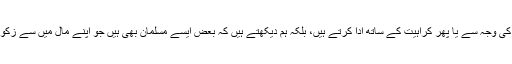
اگر وہ بھاگتے نہیں ہیں تو اُسے جبر کی وجہ سے یا پھر کراہیت کے ساتھ ادا کرتے ہیں، بلکہ ہم دیکھتے ہیں کہ بعض ایسے مسلمان بھی ہیں جو اپنے مال میں سے زکوٰۃ سے بھی زیادہ زکوٰۃ ادا کرتے ہیں۔